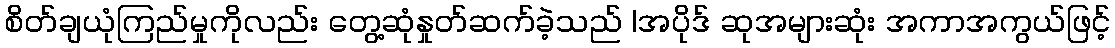
စိတ်ချယုံကြည်မှုကိုလည်း တွေ့ဆုံနှုတ်ဆက်ခဲ့သည် |အပိုဒ် ဆုအများဆုံး အကာအကွယ်ဖြင့်